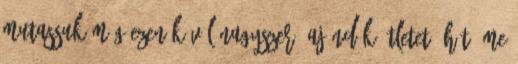
mutassuk még ezen kívül nagyszerű ajándék ötletet? Hát íme